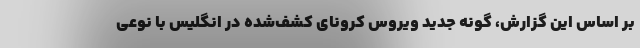
بر اساس این گزارش، گونه جدید ویروس کرونای کشف‌شده در انگلیس با نوعی